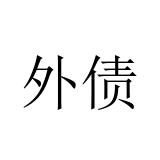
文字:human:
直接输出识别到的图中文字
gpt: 外债